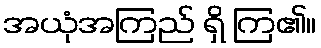
အယုံအကြည် ရှိ ကြ၏။